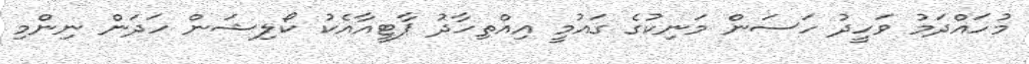
މުހައްދަމު ވަހީދު ހަސަން މަނިކުގެ ގައުމީ އިއްތިހާދު ޕާޓީއާއެކު ކޯލިޝަން ހަދަން ނިންމި